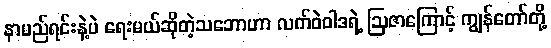
နာမည်ရင်းနဲ့ပဲ ရေးမယ်ဆိုတဲ့သဘောဟာ လက်ဝဲဝါဒရဲ့ ဩဇာကြောင့် ကျွန်တော်တို့